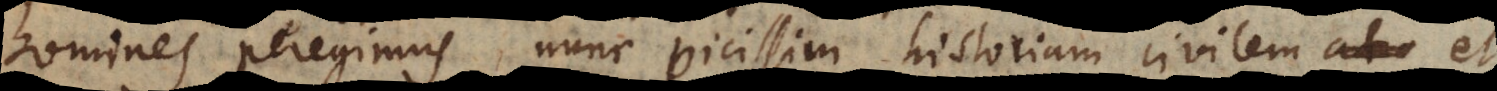
homines peregimus, nunc vicissim historiam civilem et